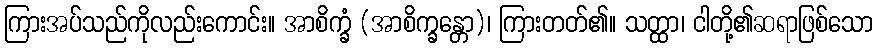
ကြားအပ်သည်ကိုလည်းကောင်း။ အာစိက္ခံ (အာစိက္ခန္တော)၊ ကြားတတ်၏။ သတ္ထာ၊ ငါတို့၏ဆရာဖြစ်သော